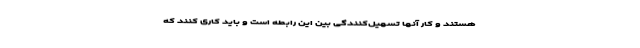
هستند و کار آنها تسهیل‌کنندگی بین این رابطه است و باید کاری کنند که